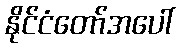
နိုင်ငံတော်အပေါ်